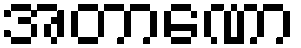
အတာဏော